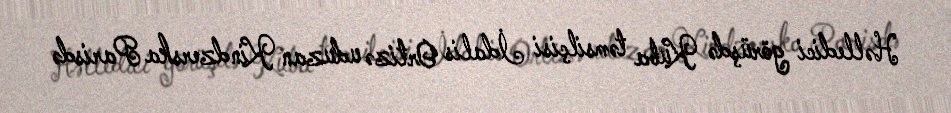
Həlledici görüşdə Kuba təmsilçisi İdalis Ortizə uduzan Kindzerska Parisdə